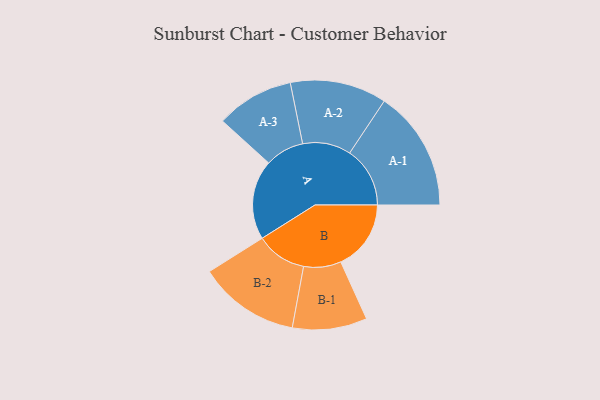
{"axis": {"x": "Segment", "y": "Value"}, "legend": ["", "A", "B"], "data": [{"x": "A", "y": 305, "type": ""}, {"x": "B", "y": 269, "type": ""}, {"x": "A-1", "y": 231, "type": "A"}, {"x": "A-2", "y": 185, "type": "A"}, {"x": "A-3", "y": 149, "type": "A"}, {"x": "B-1", "y": 143, "type": "B"}, {"x": "B-2", "y": 194, "type": "B"}]}